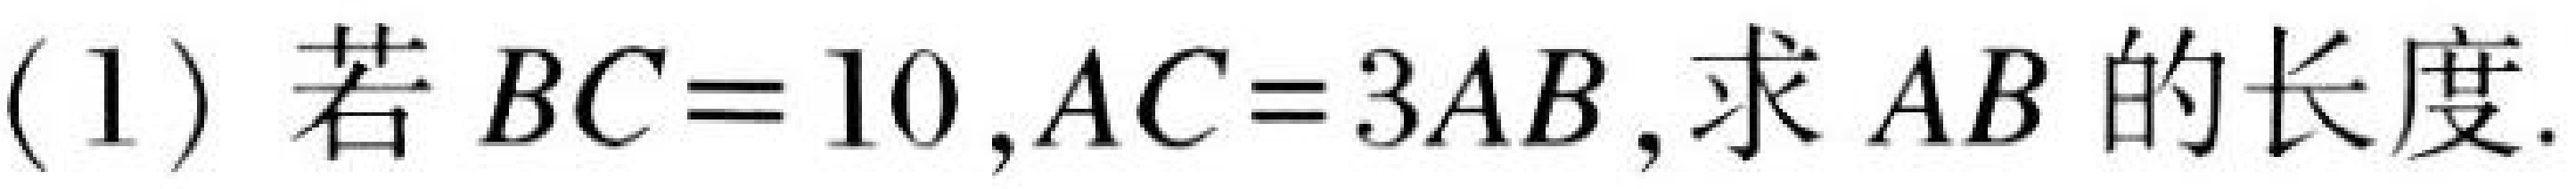
(1) 若\(BC = 10\), \(AC = 3AB\), 求\(AB\)的长度.